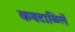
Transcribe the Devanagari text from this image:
कवटाळिलें